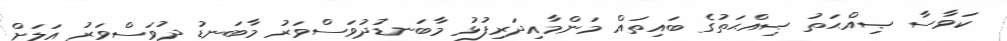
ކަވާސާ ޞިއްޙަތު ޞިއްޙަތުގެ ބައިތައް މަންމާއިދަރިފުޅު މާބަނޑުދުވަސްވަރު މާބަނޑު ދުވަސްވަރު އަލަށް